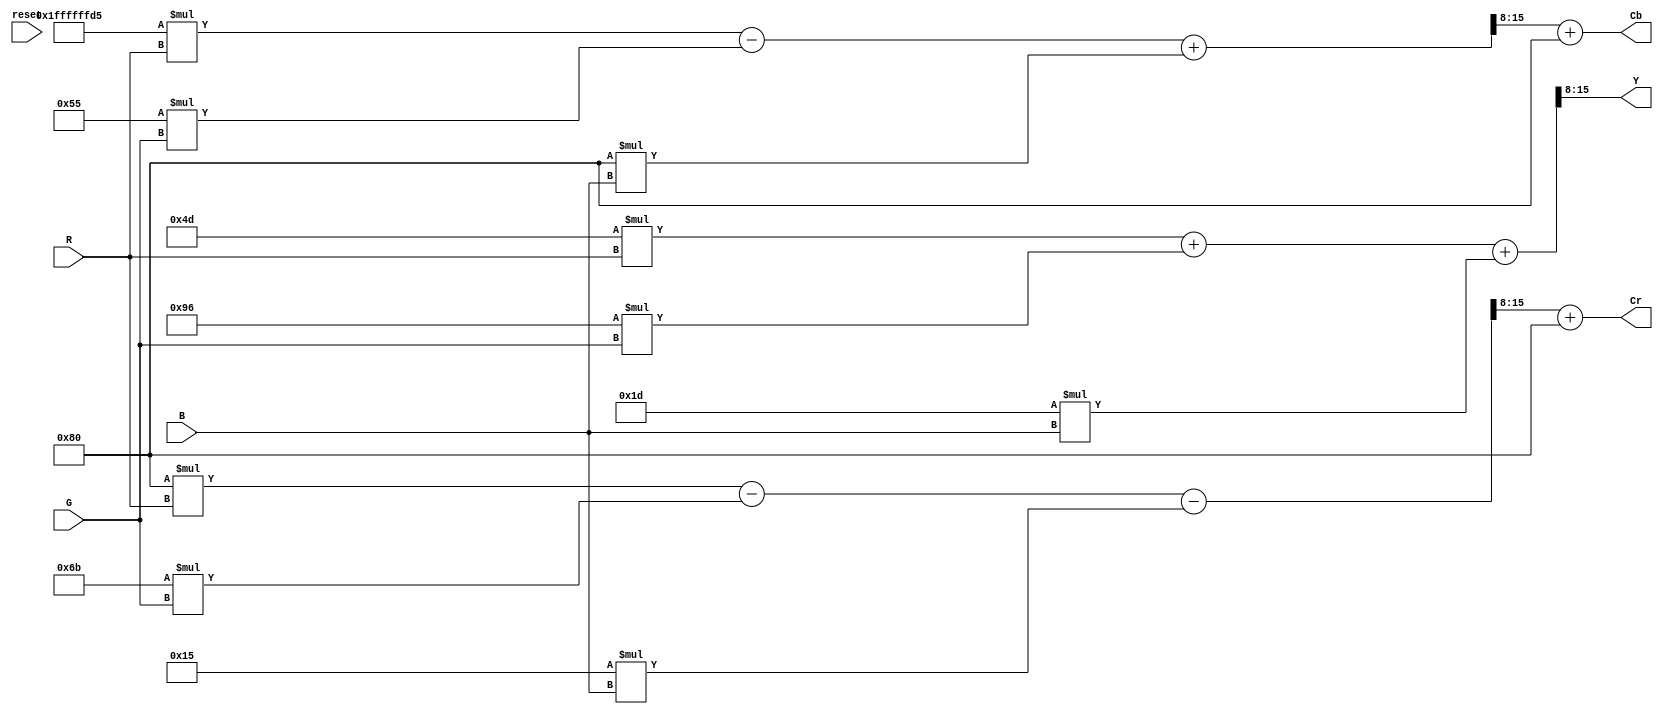
`timescale 1ns / 1ps
//////////////////////////////////////////////////////////////////////////////////
// Company: 
// Engineer: 
// 
// Design Name: 
// Module Name: Matrix 
// Project Name: 
// Target Devices: 
// Tool versions: 
// Description: 
//
// Dependencies: 
//
// Revision: 
// Revision 0.01 - File Created
// Additional Comments: 
//
//////////////////////////////////////////////////////////////////////////////////
module RGB2YCrCb_byte(R,G,B,Y,Cr,Cb , reset); //takes 3 arrays with size 1*8 as input
input [7:0] R,G,B;
input reset;
integer i,j;
output [7:0]Y, Cr, Cb;
reg [32:0]Y1, Cb1, Cr1;
//**************************************************************************************************************
assign Y=Y1[7:0];
assign Cb=Cb1[7:0];
assign Cr=Cr1[7:0];
//**************************************************************************************************************
always @(*)
begin
	Y1 = 77 *R +150*G + 29 *B ;
	Cr1 = (128*R -107*G - 21 *B);
	Cb1 = (-43*R -85 *G + 128*B);
	Y1=Y1>>8;
	Cr1=Cr1>>8;
	Cb1=Cb1>>8;
	Cr1=Cr1+128;
	Cb1=Cb1+128;
end
//**************************************************************************************************************
endmodule